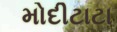
મોદીટાટા